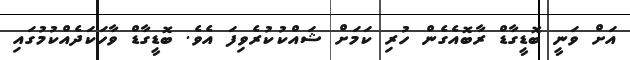
އަށް ވަނީ ބޮޑީގާޑް ރާބޮއެގެން ހުރި ކަމަށް ޝައްކުކުރެވިފަ އެވެ. ބޮޑީގާޑް ވާހަކަދެއްކުމުގައި